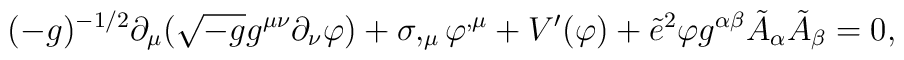
(-g)^{-1/2}\partial_{\mu}(\sqrt{-g}g^{\mu\nu}\partial_{\nu}\varphi)+\sigma,_{\mu}\varphi ^{,\mu}+V^{\prime}(\varphi)+\tilde{e}^{2}\varphi g^{\alpha\beta}\tilde{A}_{\alpha}\tilde{A}_{\beta}=0,